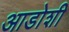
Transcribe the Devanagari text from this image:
आडोशी